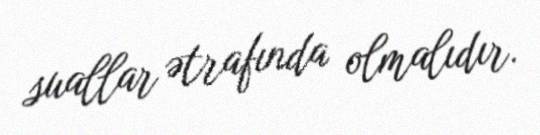
suallar ətrafında olmalıdır.